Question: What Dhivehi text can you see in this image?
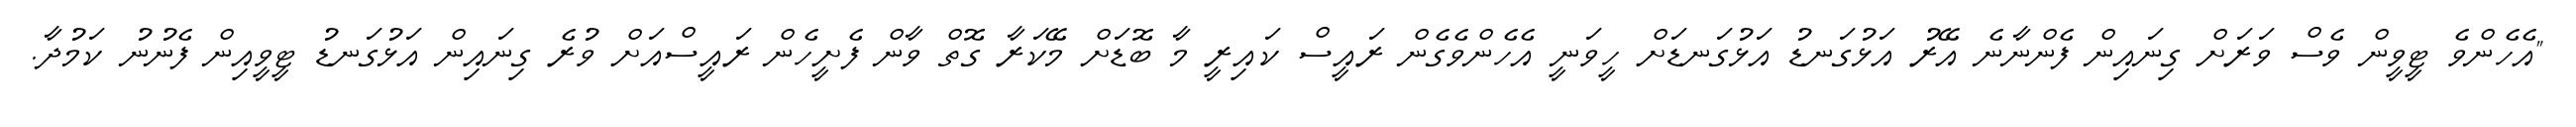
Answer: "އެހެންވެ ޓީވީން ވެސް ވަރަށް ގިނައިން ފެންނާނެ އޭރު އަޅުގަނޑު އަޅުގަނޑަށް ހީވަނީ އެހެންވެގެން ރައީސް ކައިރީ މާ ބޮޑަށް މޭކަރާ ގޮތް ވާން ފެށީހެން ރައީސްއަށް ވުރެ ގިނައިން އަޅުގަނޑު ޓީވީއިން ފެނުނު ކަމުދާ.